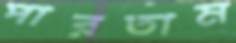
পারতাম